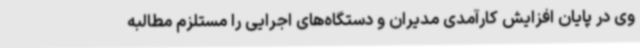
وی در پایان افزایش کارآمدی مدیران و دستگاه‌های اجرایی را مستلزم مطالبه